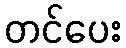
တင်ပေး